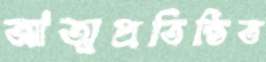
আত্মপ্রতিষ্ঠিত